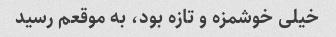
خیلی خوشمزه و تازه بود، به موقعم رسید